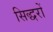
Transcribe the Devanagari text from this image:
सिद्धरों